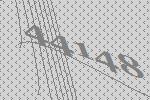
44148